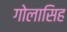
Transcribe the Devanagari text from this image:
गोलासिह